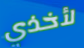
لأخذي